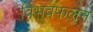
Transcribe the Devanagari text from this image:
विभवफलन